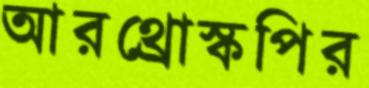
আরথ্রোস্কপির